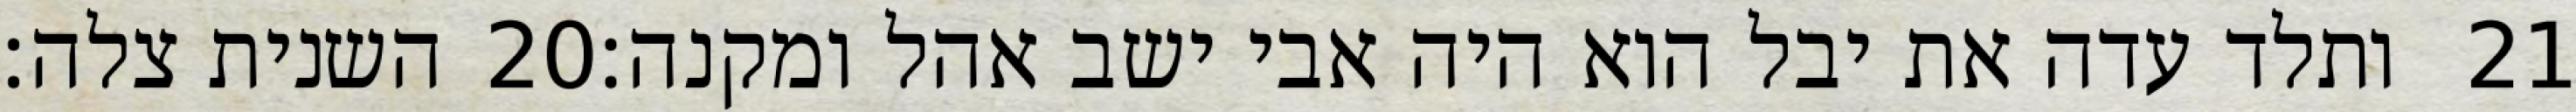
השנית צלה׃ ‎20‏ ותלד עדה את יבל הוא היה אבי ישב אהל ומקנה׃ ‎21‏